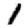
Digit: 1